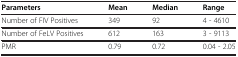
| Parameters | Mean | Median | Range |
 | --- | --- | --- | --- |
 | Number of FIV Positives | 349 | 92 | 4 - 4610 |
 | Number of FeLV Positives | 612 | 163 | 3 - 9113 |
 | PMR | 0.79 | 0.72 | 0.04 - 2.05 |